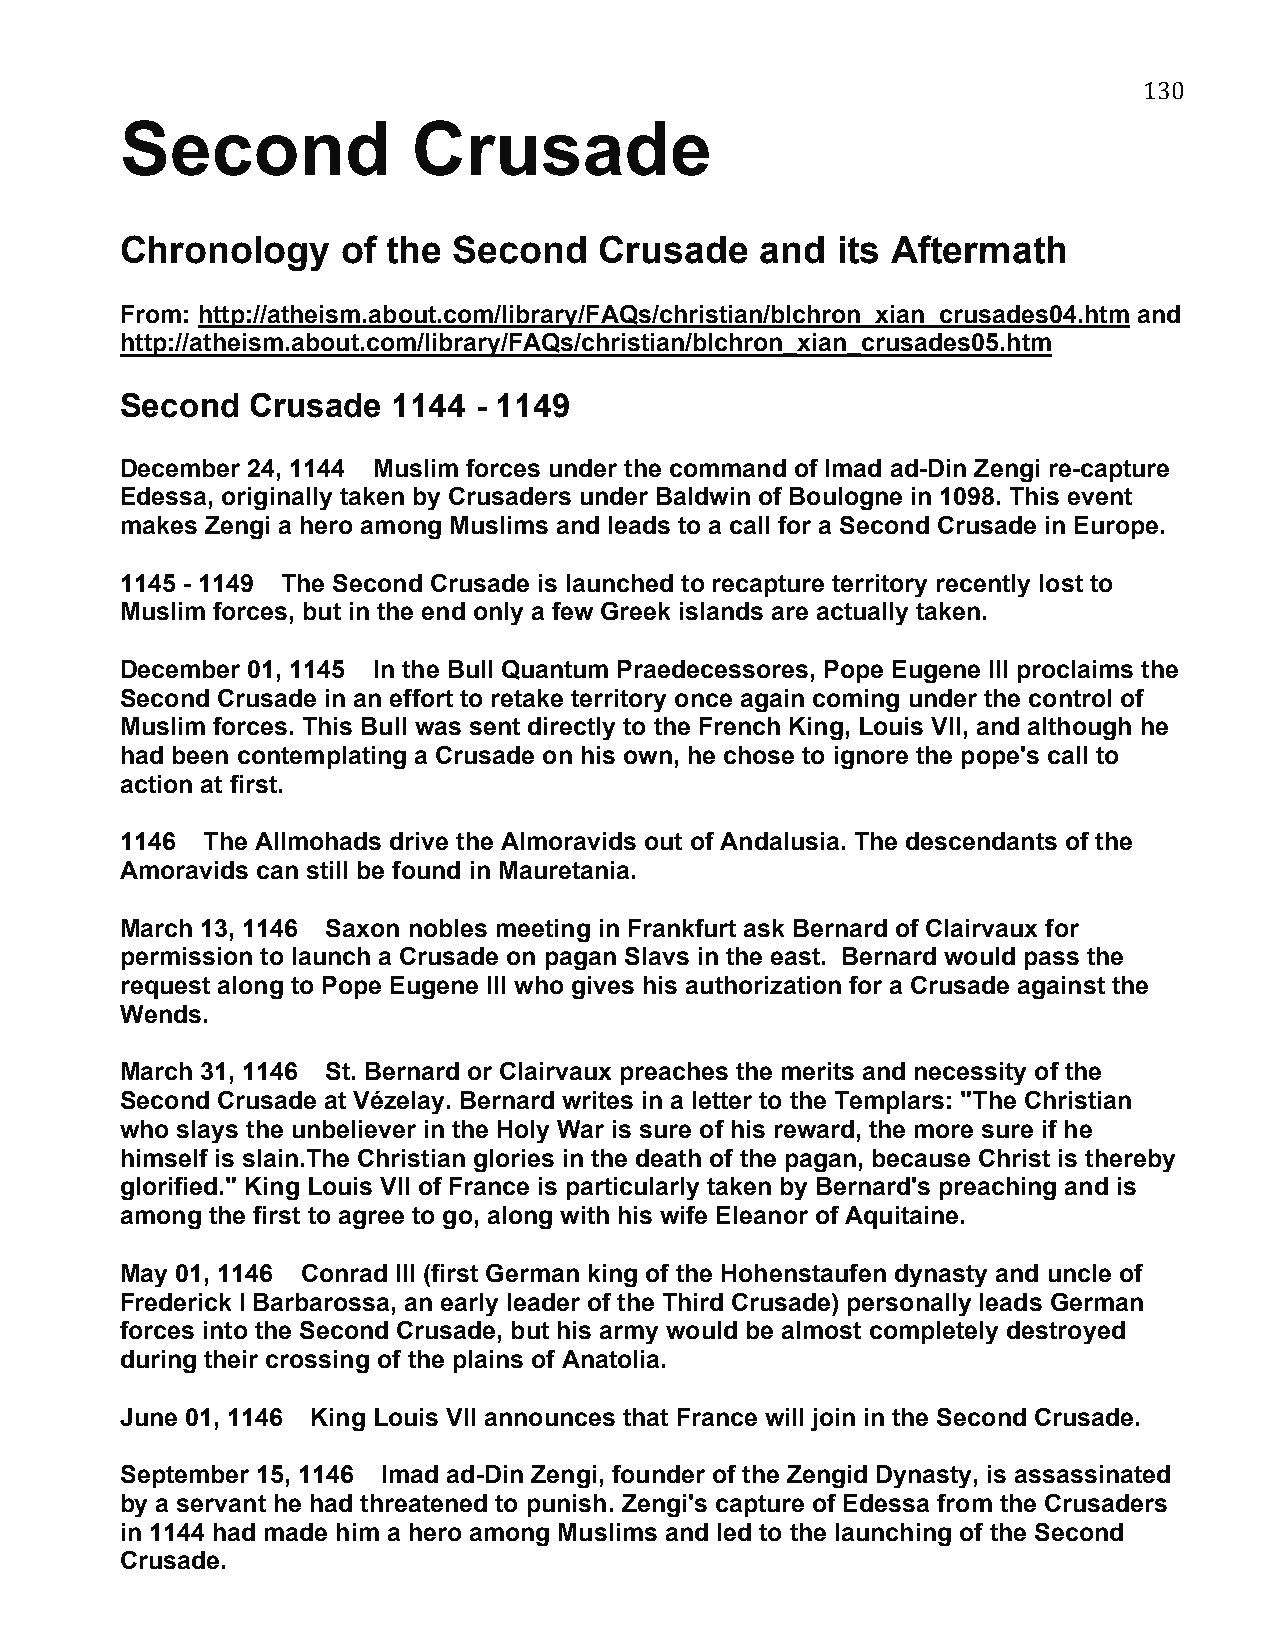
130
 Second             Crusade
 Chronology     of the Second    Crusade   and  its Aftermath
 From: http://atheism.about.com/library/FAQs/christian/blchron_xian_crusades04.htm and
 http://atheism.about.com/library/FAQs/christian/blchron_xian_crusades05.htm
 Second   Crusade  1144 - 1149
 December 24, 1144 Muslim forces under the command of Imad ad-Din Zengi re-capture
 Edessa, originally taken by Crusaders under Baldwin of Boulogne in 1098. This event
 makes Zengi a hero among Muslims and leads to a call for a Second Crusade in Europe.
 1145 - 1149 The Second Crusade is launched to recapture territory recently lost to
 Muslim forces, but in the end only a few Greek islands are actually taken.
 December 01, 1145 In the Bull Quantum Praedecessores, Pope Eugene III proclaims the
 Second Crusade in an effort to retake territory once again coming under the control of
 Muslim forces. This Bull was sent directly to the French King, Louis VII, and although he
 had been contemplating a Crusade on his own, he chose to ignore the pope's call to
 action at first.
 1146 The Allmohads drive the Almoravids out of Andalusia. The descendants of the
 Amoravids can still be found in Mauretania.
 March 13, 1146 Saxon nobles meeting in Frankfurt ask Bernard of Clairvaux for
 permission to launch a Crusade on pagan Slavs in the east. Bernard would pass the
 request along to Pope Eugene III who gives his authorization for a Crusade against the
 Wends.
 March 31, 1146 St. Bernard or Clairvaux preaches the merits and necessity of the
 Second Crusade at Vézelay. Bernard writes in a letter to the Templars: "The Christian
 who slays the unbeliever in the Holy War is sure of his reward, the more sure if he
 himself is slain.The Christian glories in the death of the pagan, because Christ is thereby
 glorified." King Louis VII of France is particularly taken by Bernard's preaching and is
 among the first to agree to go, along with his wife Eleanor of Aquitaine.
 May 01, 1146 Conrad III (first German king of the Hohenstaufen dynasty and uncle of
 Frederick I Barbarossa, an early leader of the Third Crusade) personally leads German
 forces into the Second Crusade, but his army would be almost completely destroyed
 during their crossing of the plains of Anatolia.
 June 01, 1146 King Louis VII announces that France will join in the Second Crusade.
 September 15, 1146 Imad ad-Din Zengi, founder of the Zengid Dynasty, is assassinated
 by a servant he had threatened to punish. Zengi's capture of Edessa from the Crusaders
 in 1144 had made him a hero among Muslims and led to the launching of the Second
 Crusade.